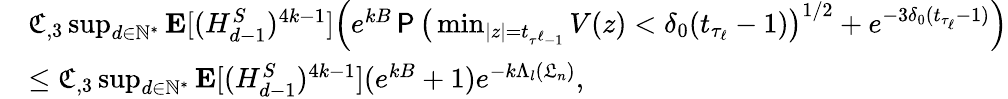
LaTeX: \begin{array}{rl}&{\mathfrak{C}_{,3}\operatorname*{sup}_{d\in\mathbb{N}^{*}}\mathbf{E}[(H_{d-1}^{S})^{4k-1}]\Big(e^{kB}\P\big(\operatorname*{min}_{|z|=t_{\tau^{\ell}-1}}V(z)<\delta_{0}(t_{\tau_{\ell}}-1)\big)^{1/2}+e^{-3\delta_{0}(t_{\tau_{\ell}}-1)}\Big)}\\ &{\leq\mathfrak{C}_{,3}\operatorname*{sup}_{d\in\mathbb{N}^{*}}\mathbf{E}[(H_{d-1}^{S})^{4k-1}](e^{kB}+1)e^{-k\Lambda_{l}(\mathfrak{L}_{n})},}\end{array}